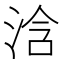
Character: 浛